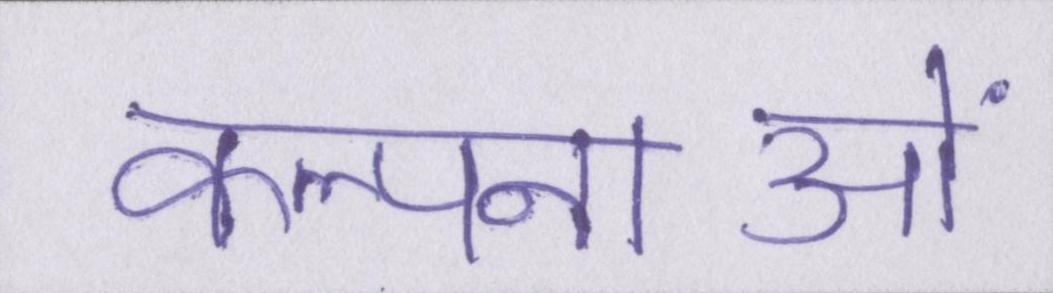
कल्पनाओं